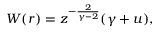
W ( r ) = z ^ { - { \frac { 2 } { \gamma - 2 } } } ( \gamma + u ) ,